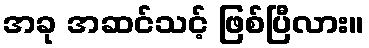
အခု အဆင်သင့် ဖြစ်ပြီလား။